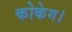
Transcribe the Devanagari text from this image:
कोकेग।